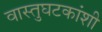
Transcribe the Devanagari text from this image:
वास्तुघटकांशी